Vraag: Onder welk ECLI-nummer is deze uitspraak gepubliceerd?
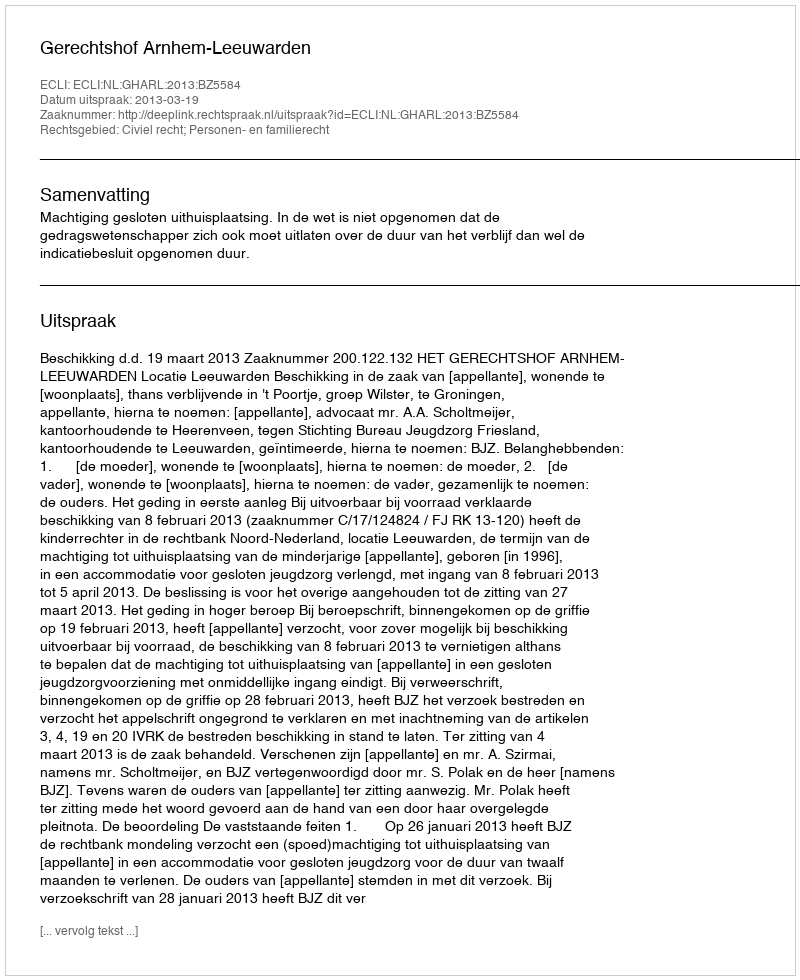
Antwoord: ECLI:NL:GHARL:2013:BZ5584